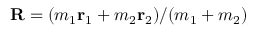
{ \bf R } = ( m _ { 1 } { \bf r } _ { 1 } + m _ { 2 } { \bf r } _ { 2 } ) / ( m _ { 1 } + m _ { 2 } )